Lunatic asylums Burma 1922-24 - 1922-1924
Year: 1922
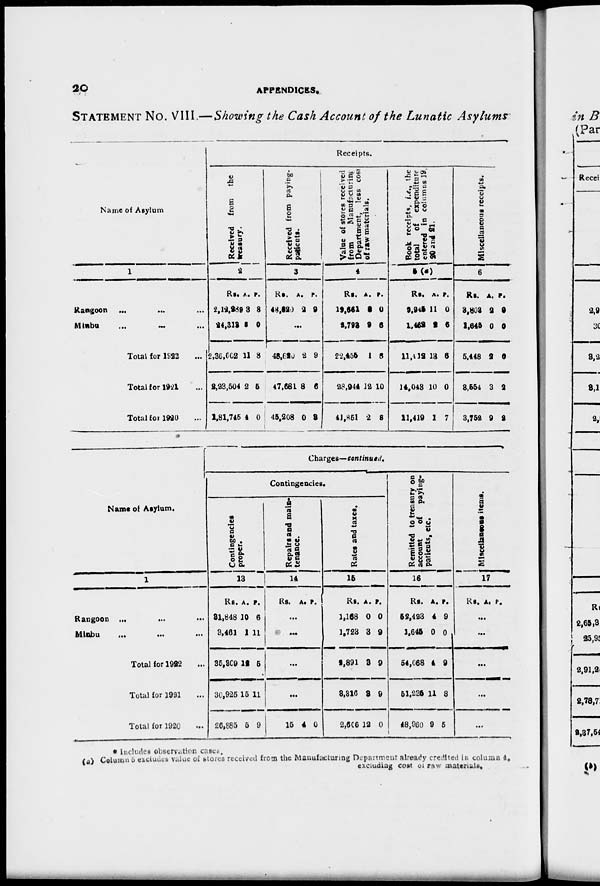
20
APPENDICES.
STATEMENT NO. VIII.—Showing the Cash Account of the Lunatic Asylums
Name of Asylum
1
Rangoon
...
...
...
Minbu
...
...
Total for 1922 ...
Total for 1921 ...
Total for 1920 ...
Receipts.
Received from the
treasury.
2
Rs.
2,12,289
24,312
2,36,662
2,23,504
1,81,745
A.
3
6
11
2
4
P.
8
0
8
5
0
Received from paying-
patients.
3
Rs.
48,620
A.
2
P.
9
...
48,620
47,681
45,208
2
8
0
9
0
3
Value of stores received
from
Manufacturing
Department, less cost
of raw materials.
4
Rs.
19,661
2,793
22,455
28,944
41,851
A.
8
9
1
12
2
P.
0
6
6
10
8
Book receipts, i.e., the
total
of expenditure
entered in columns 19.
20 and 21.
5(a)
Rs.
9,945
1,462
11,412
14,048
11,419
A.
11
2
13
10
1
P.
0
6
6
0
7
Miscellaneous receipts.
6
Rs.
3,803
1,645
5,448
3,554
3,752
A.
2
0
2
3
9
P.
0
0
0
2
2
Name of Asylum.
1
Rangoon ... ... ...
Minbu ... ... ...
Total for 1922 ...
Total for 1921 ...
Total for 1920 ...
Charges—continued.
Contingencies.
Contingencies
proper.
13
Rs.
31,848
3,461
35,309
30,925
26,885
A.
10
1
12
15
5
P.
6
11
5
11
9
Repairs and main-
tenance.
14
Rs. A. P.
...
...
...
...
15 4 0
Rates and taxes.
15
Rs.
1,168
1,723
2,891
3,316
2,606
A.
0
3
3
3
12
P.
0
9
9
9
0
Remitted to treasury on
account
of paying-
patients, etc.
16
Rs.
52,423
1,646
54,068
51,236
48,960
A.
4
0
4
11
9
P.
9
0
9
8
5
Miscellaneous items.
17
Rs. A. P.
...
...
...
...
...
* Includes observation cases.
(a) Column 5 excludes Value of stores received from the Manufacturing Department already credited in column 4.
excluding cost of raw materials.